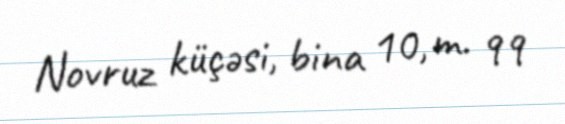
Novruz küçəsi, bina 10, m. 99